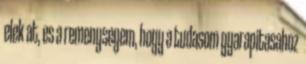
elek at, es a remenysegem, hogy a tudasom gyarapitasahoz